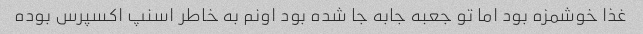
غذا خوشمزه بود اما تو جعبه جابه جا شده بود اونم به خاطر اسنپ اکسپرس بوده